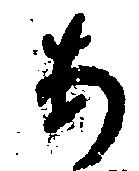
あ